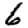
Digit: 6